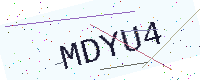
Text: MDYU4